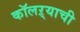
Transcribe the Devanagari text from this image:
कॉलऱ्याची